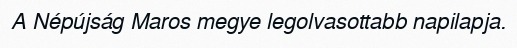
A Népújság Maros megye legolvasottabb napilapja.